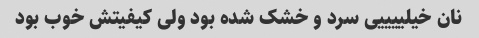
نان خیلییییی سرد و خشک شده بود ولی کیفیتش خوب بود